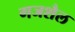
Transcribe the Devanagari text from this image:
गजशैल